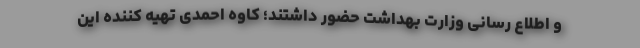
و اطلاع رسانی وزارت بهداشت حضور داشتند؛ کاوه احمدی تهیه کننده این